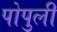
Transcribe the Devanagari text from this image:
पोपुली